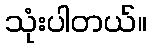
သုံးပါတယ်။